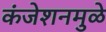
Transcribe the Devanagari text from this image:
कंजेशनमुळे